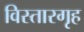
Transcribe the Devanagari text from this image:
विस्तारगृह